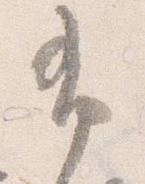
布